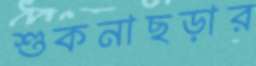
শুকনাছড়ার